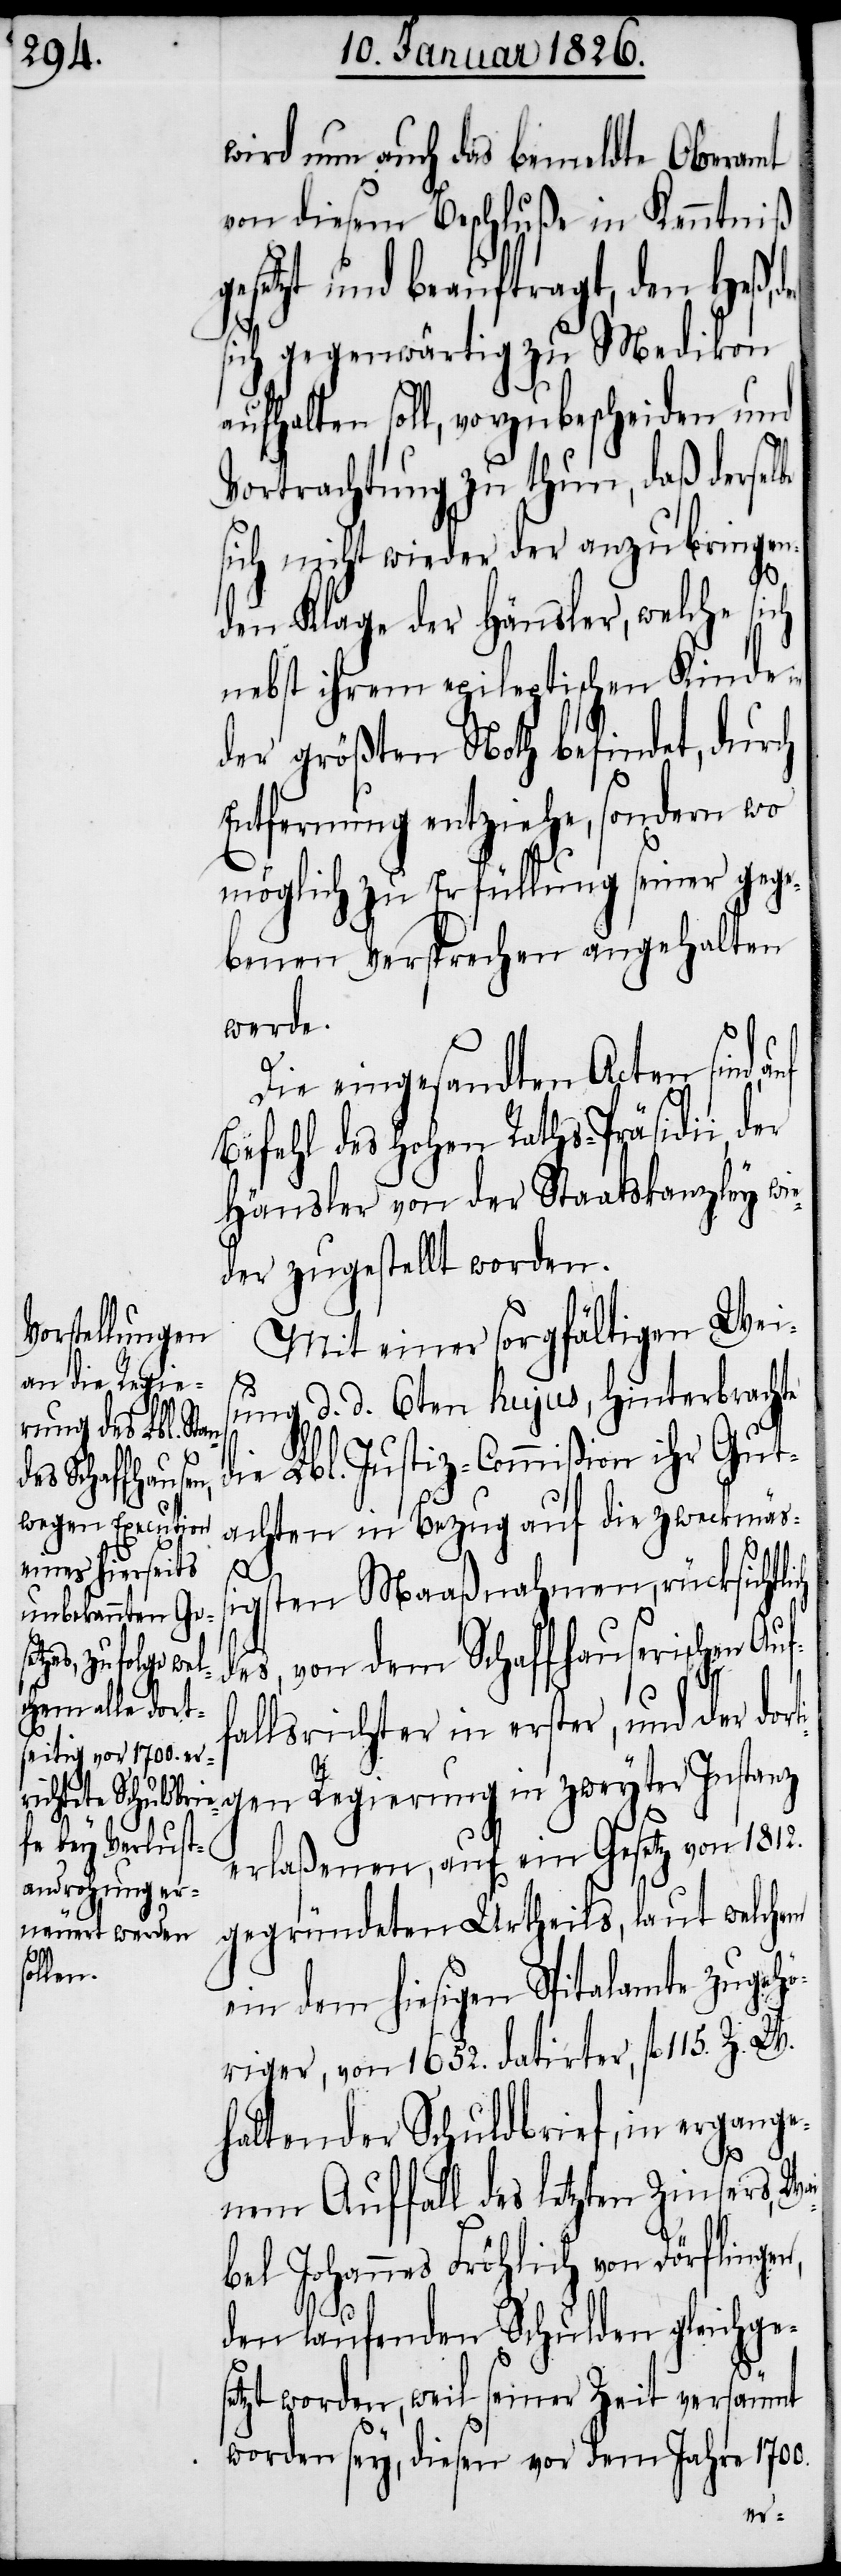
wird nun auch das bemeldte Oberamt
von diesem Beschluße in Kenntniß
gesetzt und beauftragt, den Heß,
sich gegenwärtig zu Medikon
aufhalten soll, vorzubescheiden und
Vortrachtung zu thun, daß dersel¬
sich nicht wieder der anzubringen¬
den Klage der Häusler, welche sich
nebst ihrem epileptischen Kinde in
der größten Noth befindet, durch
Entfernung entziehe, sondern wo
möglich zu Erfüllung seiner gege¬
benen Versprechen angehalten
werde.
Die eingesandten Acten sind, auf
Befehl des hohen Raths-Präsidii, der
Häusler von der Staatskanzley wie¬
der zugestellt worden.
Mit einer sorgfältigen Weis¬
ung d. d. 6ten hujus, hinterbrachte
die Lbl. Justiz-Commißion ihr Gut¬
achten in Bezug auf die zweckmä¬
ß¬
igsten Maaßnahmen, rücksichtlich
des, von dem Schaffhauserischen Auf¬
be
fallsrichter in erster, und der dor¬
ti¬
gen Regierung in zweyter Instanz
erlaßenen, auf ein Gesetz von 1812.
gegründeten Urtheils, laut welchem
ein dem hiesigen Spitalamte zugehö¬
riger, von 1652. datirter, fl. 115. Z.
haltender Schuldbrief, in ergange¬
nem Auffall des letzten Zinsers, Wa¬
i¬
bel Johannes Fröhlich von Dörflingen,
den laufenden Schulden gleichges¬
etzt worden, weil seiner Zeit versäumt
worden sey, diesen vor dem Jahre 1700.